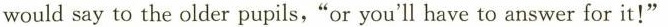
would say to the older pupils,"or you'll have to answer for it！"